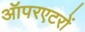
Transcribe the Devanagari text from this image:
ऑपरएटरों